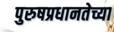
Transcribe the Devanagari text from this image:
पुरुषप्रधानतेच्या